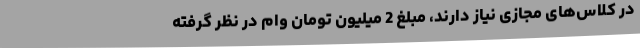
در کلاس‌های مجازی نیاز دارند، مبلغ 2 میلیون تومان وام در نظر گرفته